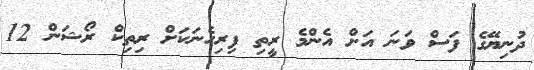
ދުނިޔޭގެ ފަސް ވަނަ އަށް އެންމެ ރީތި ފިރިހެނަކަށް ރިތިކް ރޯޝަން 12